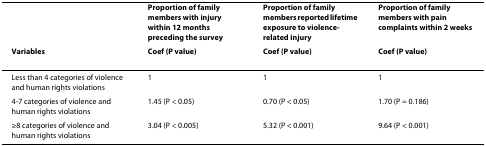
<table><thead><tr><td></td><td><b>Proportion of family members with injury within 12 months preceding the survey</b></td><td><b>Proportion of family members reported lifetime exposure to violence-related injury</b></td><td><b>Proportion of family members with pain complaints within 2 weeks</b></td></tr><tr><td><b>Variables</b></td><td><b>Coef (P value)</b></td><td><b>Coef (P value)</b></td><td><b>Coef (P value)</b></td></tr></thead><tbody><tr><td>Less than 4 categories of violence and human rights violations</td><td>1</td><td>1</td><td>1</td></tr><tr><td>4-7 categories of violence and human rights violations</td><td>1.45 (P &lt; 0.05)</td><td>0.70 (P &lt; 0.05)</td><td>1.70 (P = 0.186)</td></tr><tr><td>≥8 categories of violence and human rights violations</td><td>3.04 (P &lt; 0.005)</td><td>5.32 (P &lt; 0.001)</td><td>9.64 (P &lt; 0.001)</td></tr></tbody></table>